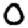
Digit: 0